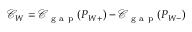
\begin{array} { r } { \mathcal { C } _ { W } = \mathcal { C } _ { \mathrm { ~ g ~ a ~ p ~ } } ( P _ { W + } ) - \mathcal { C } _ { \mathrm { ~ g ~ a ~ p ~ } } ( P _ { W - } ) } \end{array}